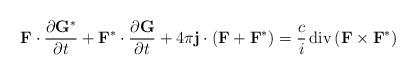
LaTeX: \begin{align*}\mathbf{F}\cdot\frac{\partial\mathbf{G}^{\ast}}{\partial t}+\mathbf{F}^{\ast}\cdot\frac{\partial\mathbf{G}}{\partial t}+4\pi\mathbf{j}\cdot\left(\mathbf{F}+\mathbf{F}^{\ast}\right) =\frac{c}{i}\operatorname{div}\left(\mathbf{F}\times\mathbf{F}^{\ast}\right)\end{align*}